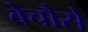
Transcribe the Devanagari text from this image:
बेचौसे